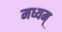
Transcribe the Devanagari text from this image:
मध्यम्